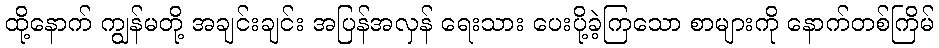
ထို့နောက် ကျွန်မတို့ အချင်းချင်း အပြန်အလှန် ရေးသား ပေးပို့ခဲ့ကြသော စာများကို နောက်တစ်ကြိမ်